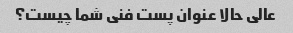
عالی حالا عنوان پست فنی شما چیست؟